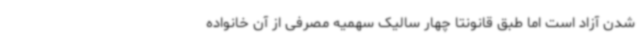
شدن آزاد است اما طبق قانونتا چهار سالیک سهمیه مصرفی از آن خانواده